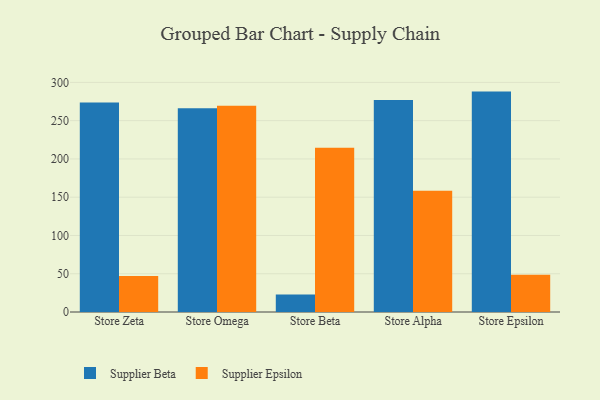
{"axis": {"x": "Store", "y": "Waste Production (Tons)"}, "legend": ["Supplier Beta", "Supplier Epsilon"], "data": [{"x": "Store Zeta", "y": 273.8, "type": "Supplier Beta"}, {"x": "Store Zeta", "y": 46.9, "type": "Supplier Epsilon"}, {"x": "Store Omega", "y": 266.4, "type": "Supplier Beta"}, {"x": "Store Omega", "y": 269.5, "type": "Supplier Epsilon"}, {"x": "Store Beta", "y": 22.8, "type": "Supplier Beta"}, {"x": "Store Beta", "y": 214.6, "type": "Supplier Epsilon"}, {"x": "Store Alpha", "y": 276.9, "type": "Supplier Beta"}, {"x": "Store Alpha", "y": 158.6, "type": "Supplier Epsilon"}, {"x": "Store Epsilon", "y": 288.0, "type": "Supplier Beta"}, {"x": "Store Epsilon", "y": 48.7, "type": "Supplier Epsilon"}]}